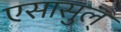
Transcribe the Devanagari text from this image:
एसासुल्